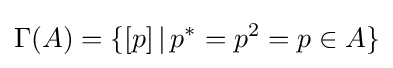
\Gamma (A)=\{[p]\,|\,p^{*}=p^{2}=p\in A\}